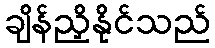
ချိန်ညှိနိုင်သည်